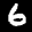
Label: 6